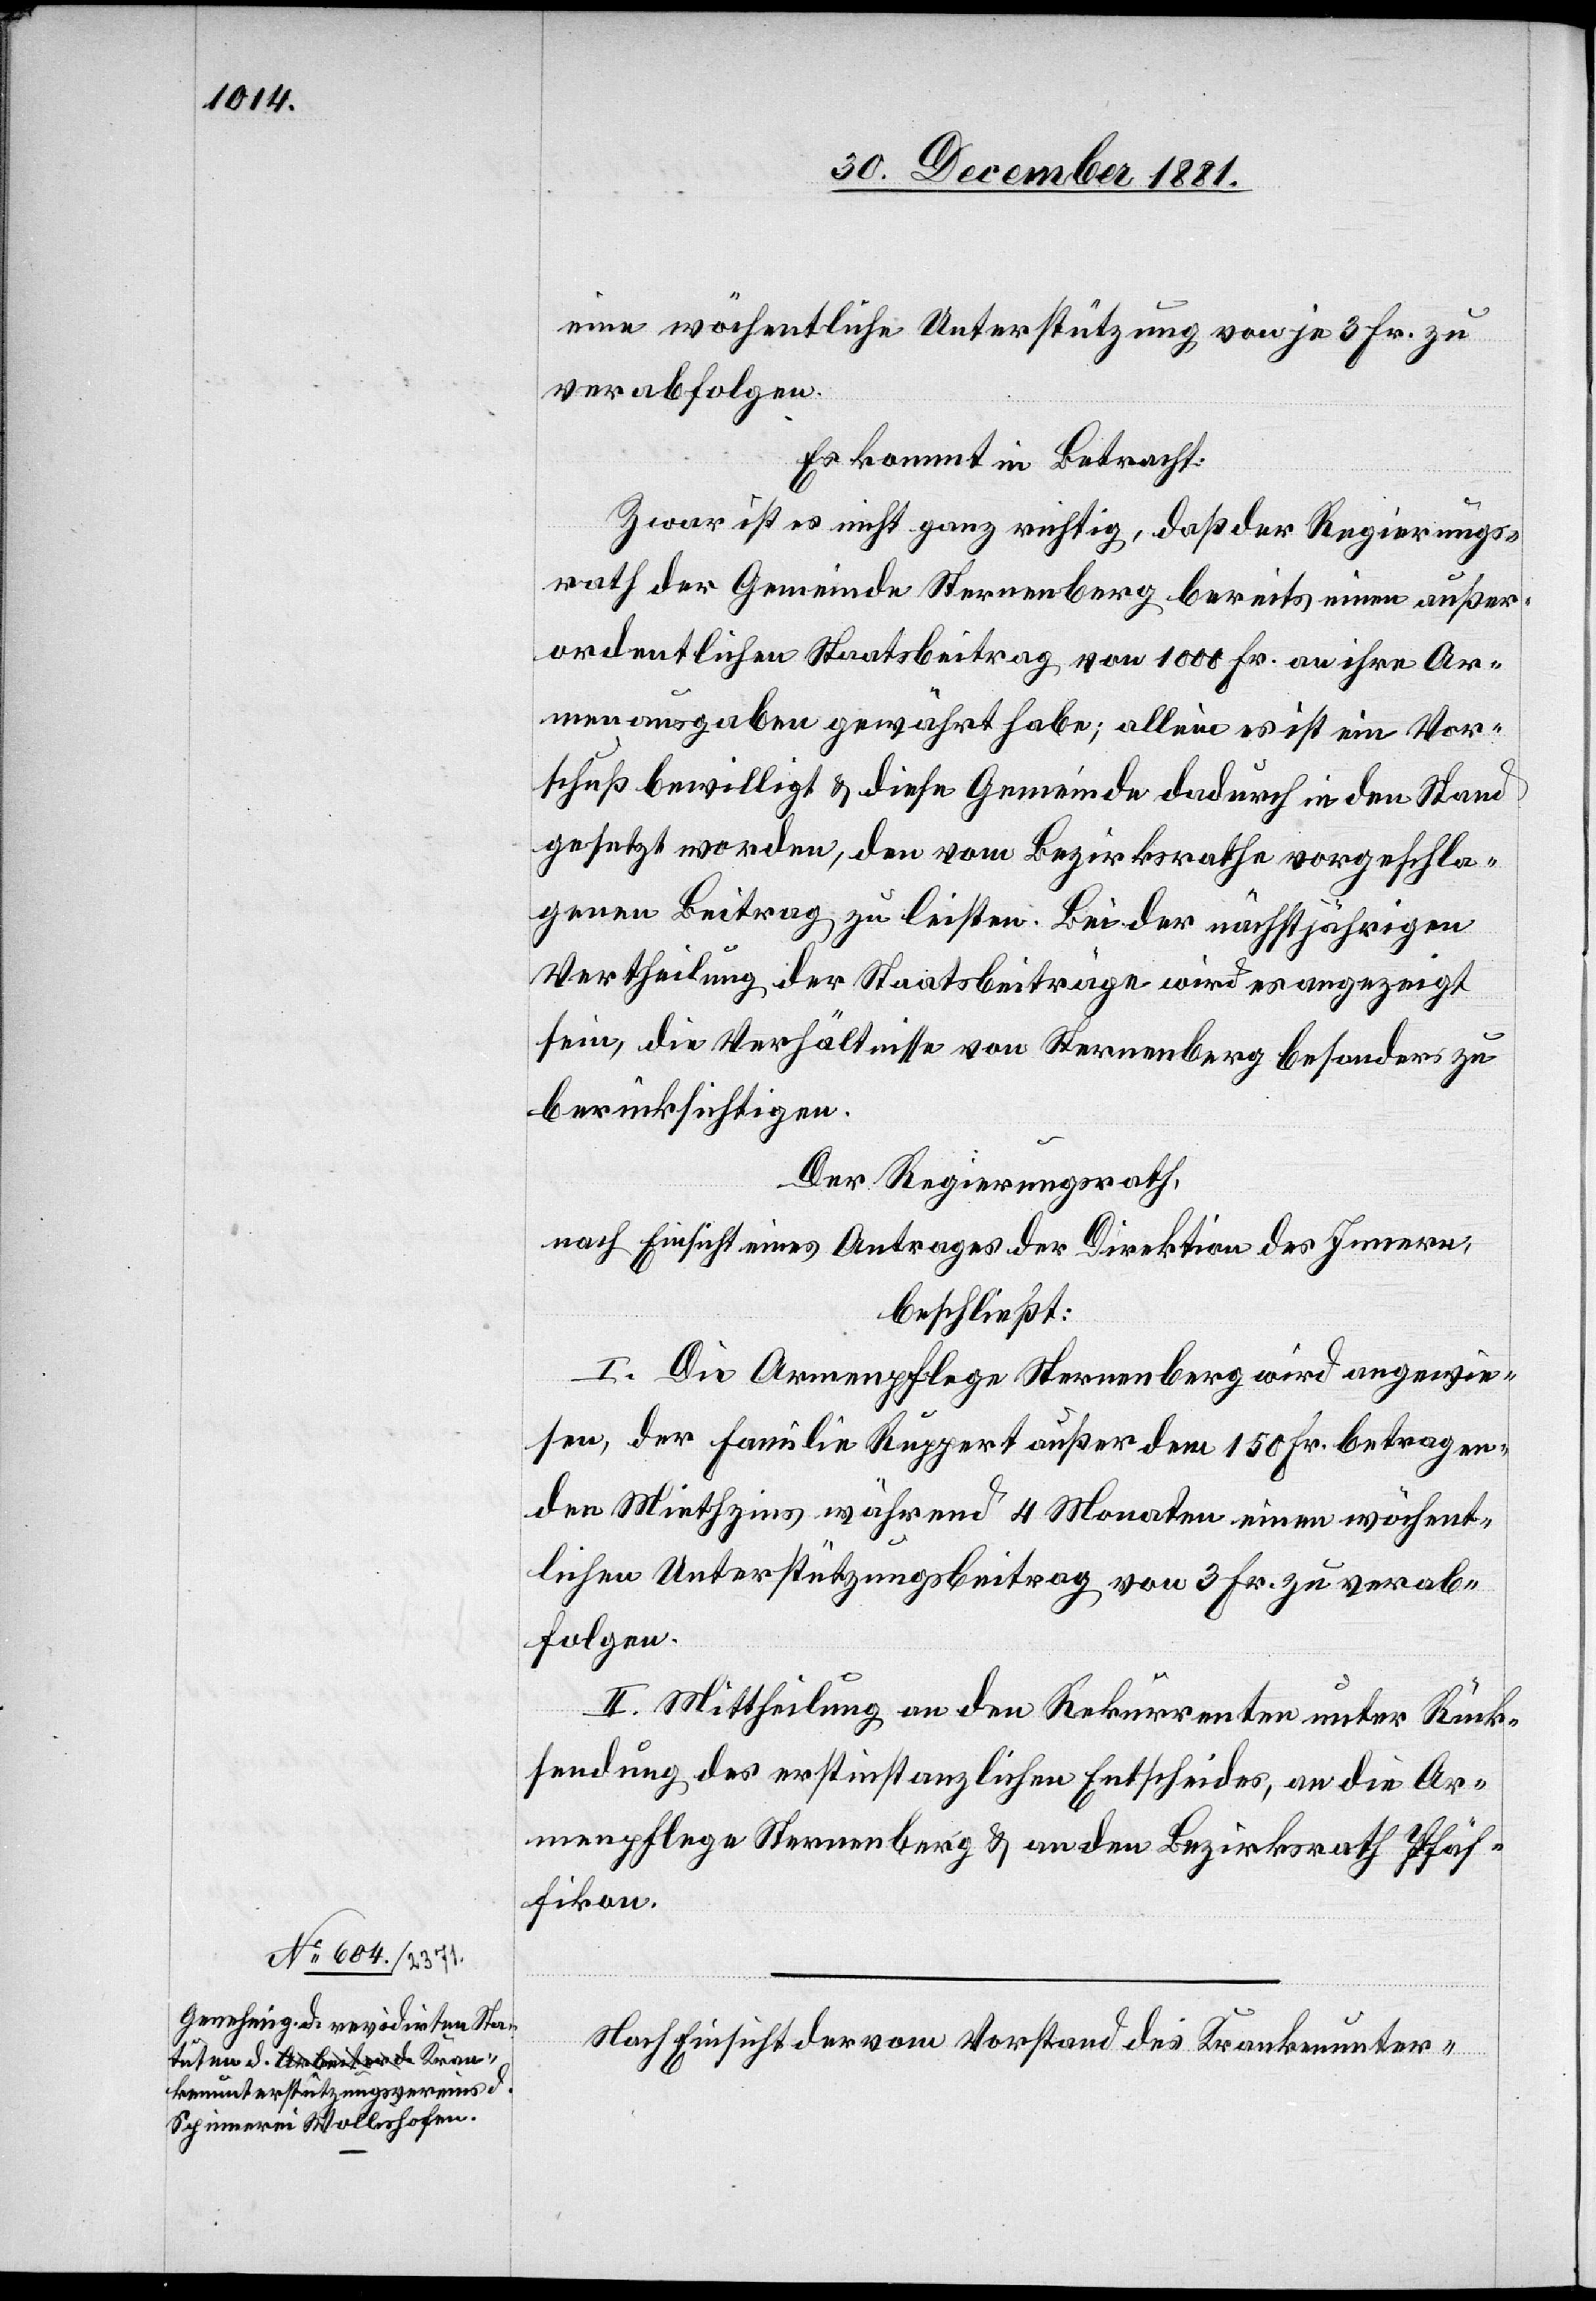
eine wöchentliche Unterstützung von je 3 Fr. zu
verabfolgen.
Es kommt in Betracht:
Zwar ist es nicht ganz richtig, daß der Regierungs¬
rath der Gemeinde Sternenberg bereits einen außer¬
ordentlichen Staatsbeitrag von 1000 Fr. an ihre Ar¬
menausgaben gewährt habe; alleine es ist ein Vor¬
schuß bewilligt & diese Gemeinde dadurch in den Stand
gesetzt worden, den vom Bezirksrathe vorgeschla¬
genen Beitrag zu leisten. Bei der nächstjährigen
Vertheilung der Staatsbeiträge wird es angezeigt
sein, die Verhältnisse von Sternenberg besonders zu
berücksichtigen.
Der Regierungsrath,
nach Einsicht eines Antrages der Direktion des Innern,
beschließt:
wiesen, der Familie Ruppert außer dem 150 Fr. betragen¬
den Miethzins während 4 Monaten einen wöchent¬
lichen Unterstützungsbeitrag von 3 Fr. zu verab¬
folgen.
II. Mittheilung an den Rekurrenten unter Rück¬
sendung der erstinstanzlichen Entscheide, an die Ar¬
menpflege Sternenberg & an den Bezirksrath Pfäf¬
fikon.
Nach Einsicht der vom Vorstand des Krankenunter-